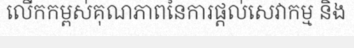
លើកកម្ពស់គុណភាពនៃការផ្តល់សេវាកម្ម និង